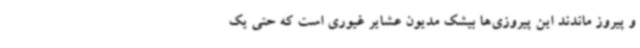
و پیروز ماندند این پیروزی‌ها بیشک مدیون عشایر غیوری است که حتی یک